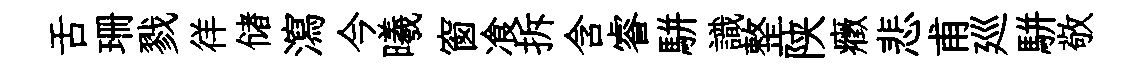
舌珊戮徉储瀉今曦窗飡拆含睿駢識整陕癥悲甫廵駢敬